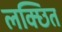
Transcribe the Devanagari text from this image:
लक्छित